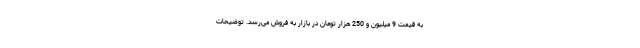
به قیمت 9 میلیون و 250 هزار تومان در بازار به فروش می‌رسد. توضیحات